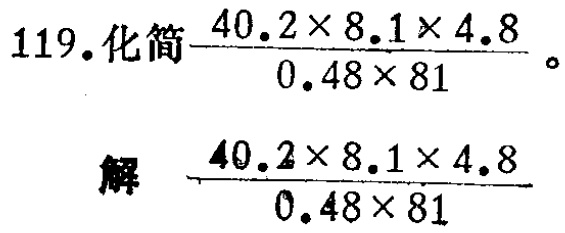
119.化简$\frac{40.2\times 8.1\times 4.8}{0.48\times 81}$。

解 $\frac{40.2\times 8.1\times 4.8}{0.48\times 81}$